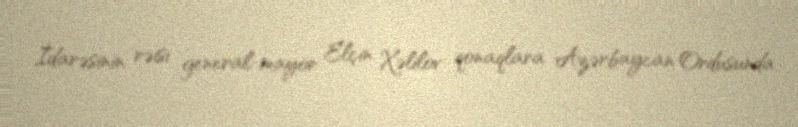
İdarəsinin rəisi general-mayor Elçin Xəlilov qonaqlara Azərbaycan Ordusunda